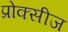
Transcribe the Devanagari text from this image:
प्रोक्सीज